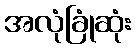
အလုံခြုံဆုံး